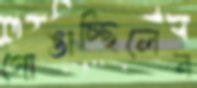
গোঙাচ্ছিলেন